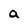
Character: a